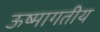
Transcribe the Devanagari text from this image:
ऊष्मागतीय